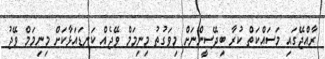
ރާއްޖޭގައި މަސައްކަތް ކުރާ ބިދޭސީންނަށް މިވަގުތު މިނިމަމް ވޭޖެއް ކަނޑައަޅާކަށް މިނިމަމް ވޭޖު